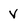
Character: V